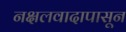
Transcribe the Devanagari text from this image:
नक्षलवादापासून